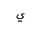
Letter: _ya